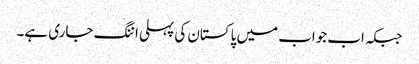
جبکہ اب جواب میں پاکستان کی پہلی اننگ جاری ہے۔